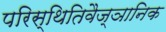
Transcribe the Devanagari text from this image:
परिस्थितिवैज्ञानिक